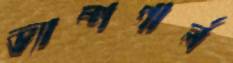
ভ্যাম্পগার্ল